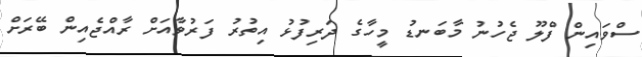
ސްވައިން ފްލޫ ޖެހުނު މާބަނޑު މީހާގެ ދަރިފުޅު އިތުރު ފަރުވާއަށް ރާއްޖެއިން ބޭރަށް